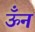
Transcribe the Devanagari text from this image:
ऊँन